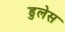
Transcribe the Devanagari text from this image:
डुलेस